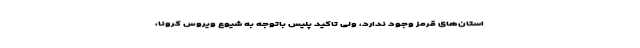
استان‌های قرمز وجود ندارد، ولی تاکید پلیس باتوجه به شیوع ویروس کرونا،